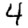
Digit: 4